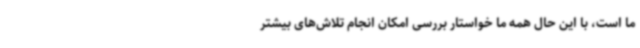
ما است، با این حال همه ما خواستار بررسی امکان انجام تلاش‌های بیشتر